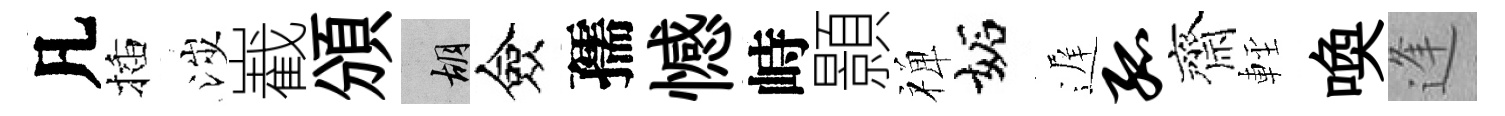
凡插涉嶻頒胡僉孺憾峙顥禅妬遅孤齊䡖喚逢